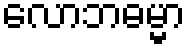
လောဘဓမ္မာ